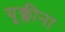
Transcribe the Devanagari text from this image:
यूक्लीना